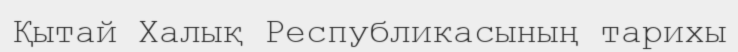
Қытай Халық Республикасының тарихы